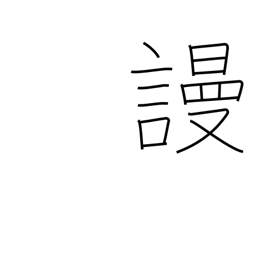
Meaning: despise